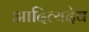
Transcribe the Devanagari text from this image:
आदित्यदेव